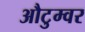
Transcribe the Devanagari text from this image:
औटुम्वर